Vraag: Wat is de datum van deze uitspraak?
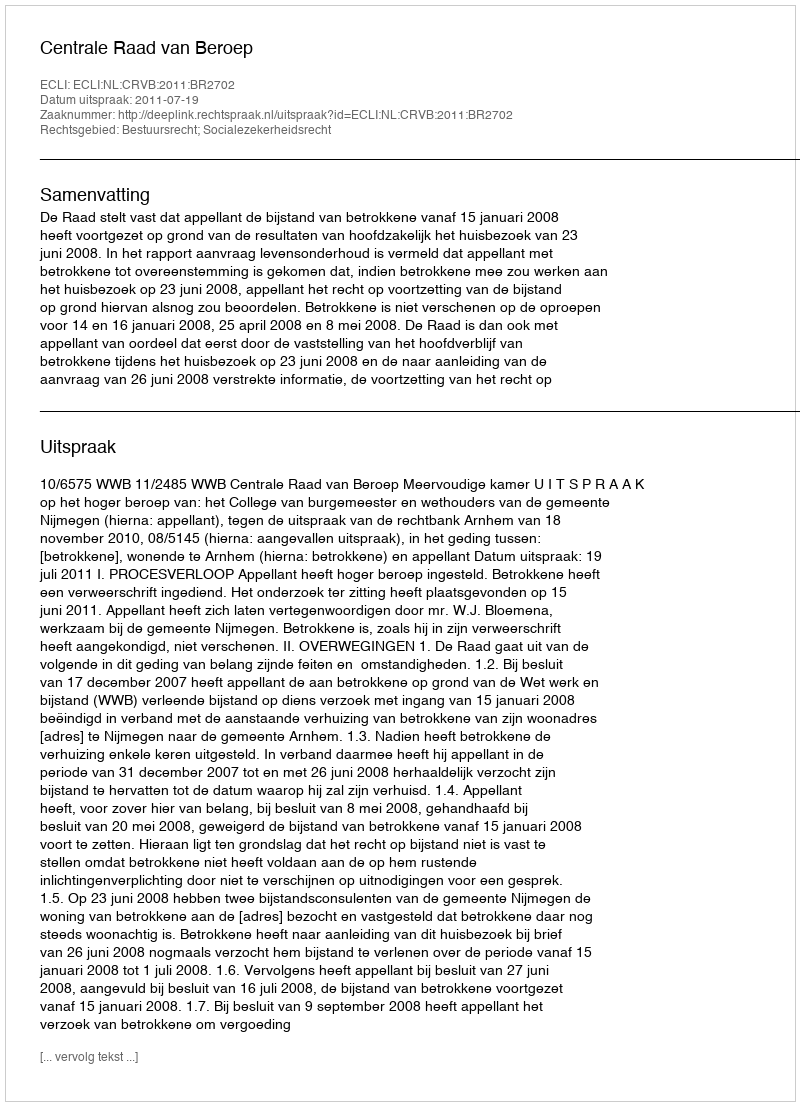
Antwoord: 2011-07-19